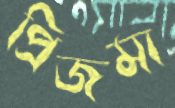
প্রিজমা